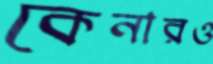
কেনারও